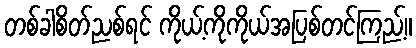
တစ်ခါစိတ်ညစ်ရင် ကိုယ့်ကိုကိုယ်အပြစ်တင်ကြည့်။